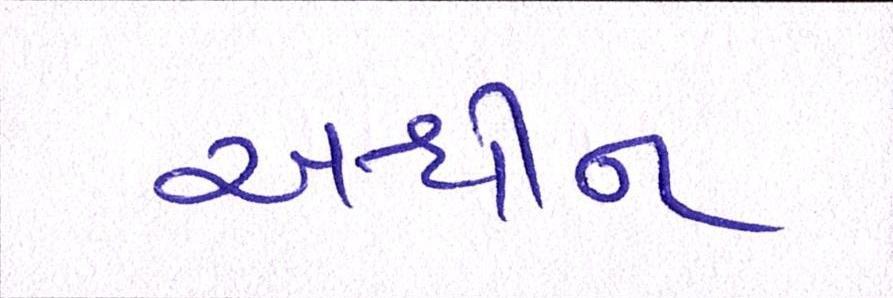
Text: અશ્વીન